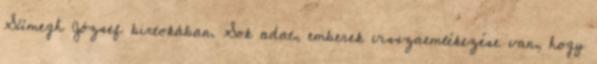
Sümegh József birtokában. Sok adat, emberek visszaemlékezése van, hogy